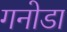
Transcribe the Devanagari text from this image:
गनोडा